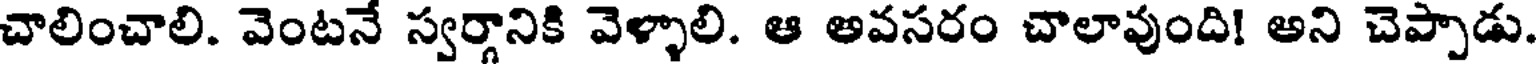
చాలించాలి. వెంటనే స్వర్గానికి వెళ్ళాలి. ఆ అవసరం చాలావుంది! అని చెప్పాడు.